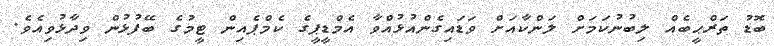
ބޮޑު ތަރްޙީބެއް ލިބުނުކަމަށް ލަންކާއަށް ވަޑައިގެންއުޅުއްވާ އެމްޑީޕީގެ ކެމްޕެއިން ޓީމުގެ ބޭފުޅުން ވިދާޅުވިއެވެ.